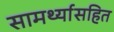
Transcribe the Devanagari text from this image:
सामर्थ्यासहित